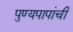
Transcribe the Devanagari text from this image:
पुण्यपापांची